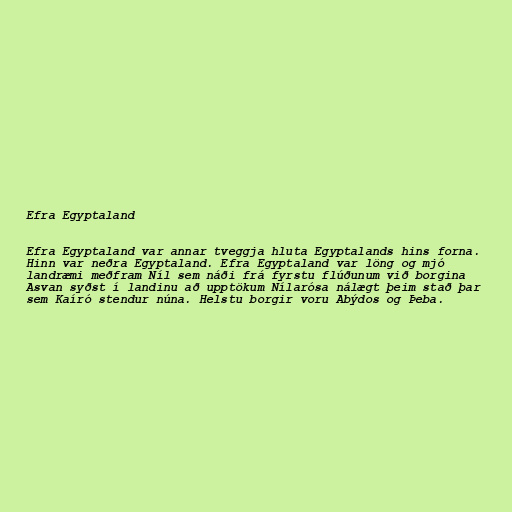
Efra Egyptaland

Efra Egyptaland var annar tveggja hluta Egyptalands hins forna.
Hinn var neðra Egyptaland. Efra Egyptaland var löng og mjó
landræmi meðfram Níl sem náði frá fyrstu flúðunum við borgina
Asvan syðst í landinu að upptökum Nílarósa nálægt þeim stað þar
sem Kaíró stendur núna. Helstu borgir voru Abýdos og Þeba.